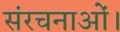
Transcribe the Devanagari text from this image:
संरचनाओं।